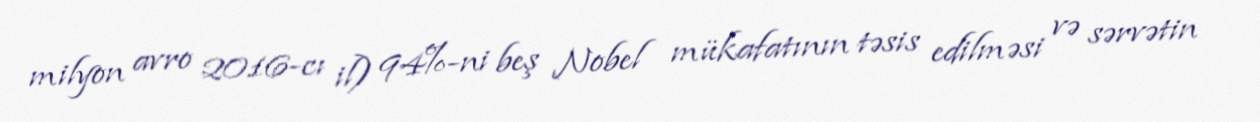
milyon avro 2016-cı il) 94%-ni beş Nobel mükafatının təsis edilməsi və sərvətin